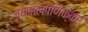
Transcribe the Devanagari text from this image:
जयपालपणिक्कर